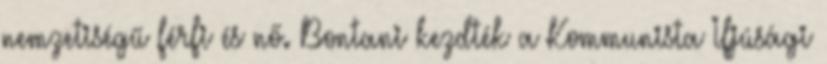
nemzetiségű férfi és nő. Bontani kezdték a Kommunista Ifjúsági